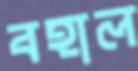
বহাল